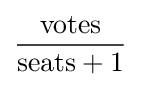
{\rm {votes}} \over {\rm {seats+1}}